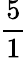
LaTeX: \frac{5}{1}